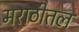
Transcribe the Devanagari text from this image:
मराठीतल